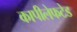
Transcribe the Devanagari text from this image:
कापीलेफटेड